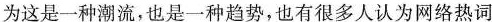
为这是一种潮流，也是一种趋势，也有很多人认为网络热词